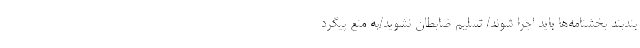
بندبند بخشنامه‌ها باید اجرا شوند/ تسلیم ضابطان نشوید/به منع پیگرد